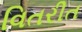
વિતરીત